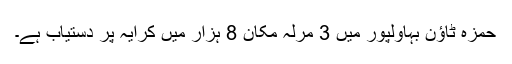
حمزہ ٹاؤن بہاولپور میں 3 مرلہ مکان 8 ہزار میں کرایہ پر دستیاب ہے۔